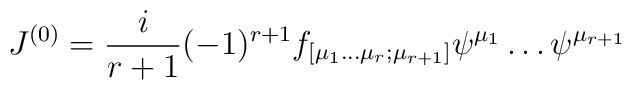
{J}^{(0)}=\frac{i}{r+1}(-1)^{r+1}f_{[\mu _{1}\dots \mu _{r};\mu _{r+1}]}\psi^{\mu _{1}}\dots \psi ^{\mu _{r+1}}